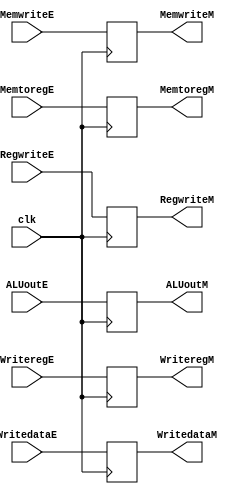
`timescale 1ns / 1ps
//////////////////////////////////////////////////////////////////////////////////
// Company: 
// Engineer: 
// 
// Design Name: 
// Module Name: RegEM
// Project Name: 
// Target Devices: 
// Tool Versions: 
// Description: 
// 
// Dependencies: 
// 
// Revision:
// Revision 0.01 - File Created
// Additional Comments:
// 
//////////////////////////////////////////////////////////////////////////////////


module RegEM(
input clk,
input RegwriteE,
input MemtoregE,
input MemwriteE,
input [31:0]ALUoutE,
input [31:0]WritedataE,
input [4:0]WriteregE,
output reg RegwriteM,
output reg MemtoregM,
output reg MemwriteM,
output reg [31:0]ALUoutM,
output reg [31:0]WritedataM,
output reg [4:0]WriteregM
    );
 always @(posedge clk) 
    begin
           RegwriteM<=RegwriteE;
           MemtoregM<=MemtoregE;
           MemwriteM<=MemwriteE;
           ALUoutM<=ALUoutE;
           WritedataM<=WritedataE; 
           WriteregM<=WriteregE;
     end
endmodule